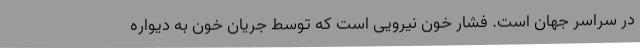
در سراسر جهان است. فشار خون نیرویی است که توسط جریان خون به دیواره